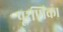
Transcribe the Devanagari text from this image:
पूरणिका